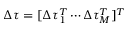
\boldsymbol { \Delta \tau } = [ \Delta \tau _ { 1 } ^ { T } \cdots \Delta \tau _ { M } ^ { T } ] ^ { T }